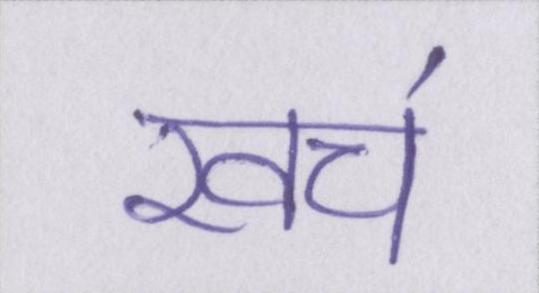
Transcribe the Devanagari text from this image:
खच॔